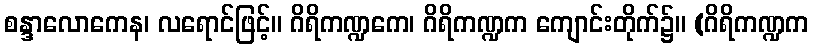
စန္ဒာလောကေန၊ လရောင်ဖြင့်။ ဂိရိကဏ္ဍကေ၊ ဂိရိကဏ္ဍက ကျောင်းတိုက်၌။ (ဂိရိကဏ္ဍက